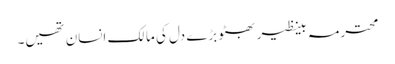
محترمہ بینظیر بھٹو بڑے دل کی مالک انسان تھیں۔